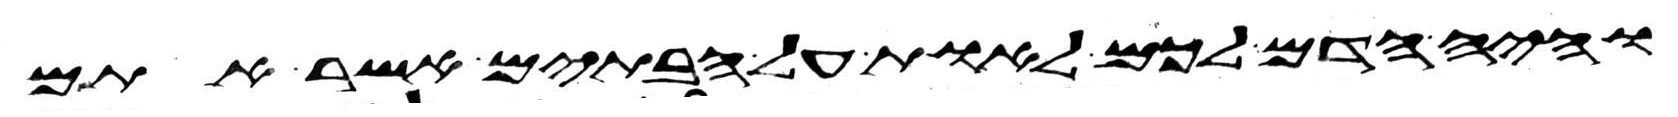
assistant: והיה הדם לכם לאות על הבתים אשר אתם